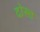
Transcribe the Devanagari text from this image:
दोस्त्त